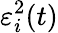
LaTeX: \varepsilon_{i}^{2}(t)